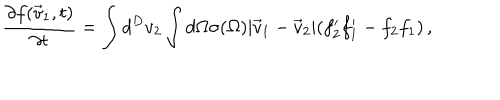
{ \frac { \partial f ( \vec { v } _ { 1 } , t ) } { \partial t } } = \int d ^ { D } v _ { 2 } \int d \Omega \sigma ( \Omega ) | \vec { v } _ { 1 } - \vec { v } _ { 2 } | ( f _ { 2 } ^ { \prime } f _ { 1 } ^ { \prime } - f _ { 2 } f _ { 1 } ) \, ,